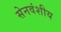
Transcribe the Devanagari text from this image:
सेनवंशीय